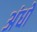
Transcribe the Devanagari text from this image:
अंधो